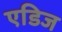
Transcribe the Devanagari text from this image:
एडिज